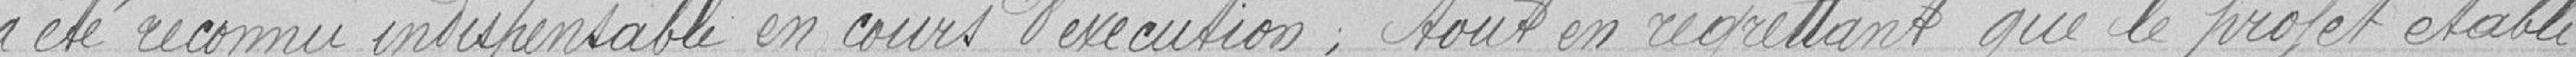
a été reconnu indispensable en cours d'exécution, tout en regrettant que le projet établi